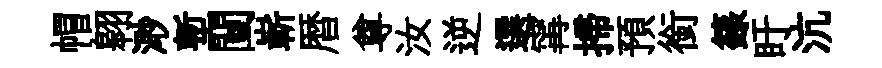
帽翱𣺌塹闉嶄暦尊汝逆選𡩋掃預銜籙盱沆